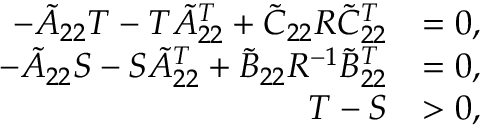
\begin{array} { r l } { - \tilde { A } _ { 2 2 } T - T \tilde { A } _ { 2 2 } ^ { T } + \tilde { C } _ { 2 2 } R \tilde { C } _ { 2 2 } ^ { T } } & { = 0 , } \\ { - \tilde { A } _ { 2 2 } S - S \tilde { A } _ { 2 2 } ^ { T } + \tilde { B } _ { 2 2 } R ^ { - 1 } \tilde { B } _ { 2 2 } ^ { T } } & { = 0 , } \\ { T - S } & { > 0 , } \end{array}